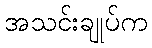
အသင်းချုပ်က